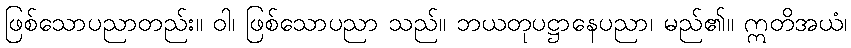
ဖြစ်သောပညာတည်း။ ဝါ၊ ဖြစ်သောပညာ သည်။ ဘယတုပဋ္ဌာနေပညာ၊ မည်၏။ ဣတိအယံ၊